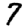
Digit: 7